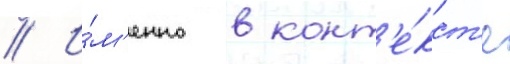
// И́м'енно в конт'е́кст'е